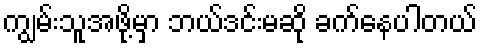
ကျွမ်းသူအဖို့မှာ ဘယ်ဒင်းမဆို ခက်နေပါတယ်